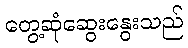
တွေ့ဆုံဆွေးနွေးသည်